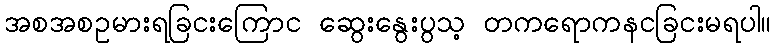
အစအစဥမားရခြငးကြောင ဆွေးနွေးပွသ့ တကရောကနငခြငးမရပါ။